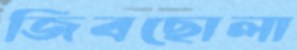
জিবছোলা